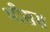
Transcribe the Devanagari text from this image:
थीसस